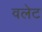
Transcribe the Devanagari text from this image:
वलेट